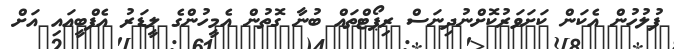
ފުލުހުން އެކަން ކަށަވަރުކޮށްނުދިނަސް ރިޕޯޓްތައް ބުނާ ގޮތުން އެމީހުންގެ ލީޑަރު އެފްބީއައި އަށް